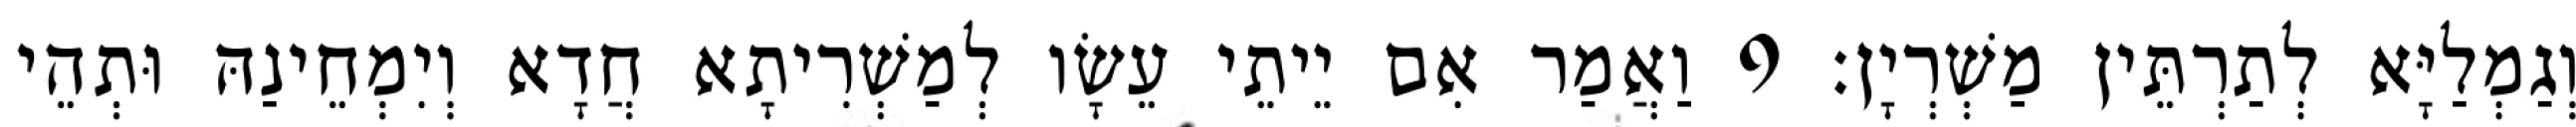
וְגַמְלַיָּא לְתַרְתֵּין מַשְׁרְיָן׃ 9 וַאֲמַר אִם יֵיתֵי עֵשָׂו לְמַשְׁרִיתָא חֲדָא וְיִמְחֵינַהּ וּתְהֵי